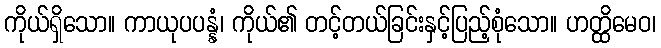
ကိုယ်ရှိသော။ ကာယုပပန္နံ၊ ကိုယ်၏ တင့်တယ်ခြင်းနှင့်ပြည့်စုံသော။ ဟတ္ထိမေဝ၊